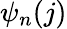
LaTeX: \psi_{n}(j)